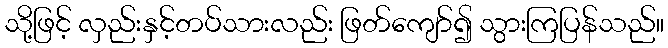
သို့ဖြင့် လှည်းနှင့်တပ်သားလည်း ဖြတ်ကျော်၍ သွားကြပြန်သည်။